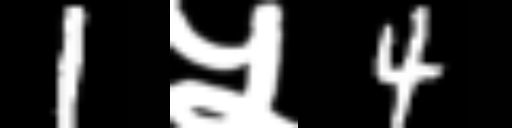
Text: 1५4